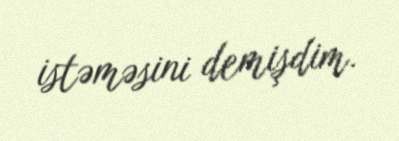
istəməsini demişdim.